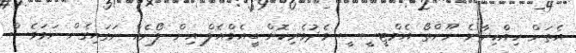
އެތަން ހިއްކިދާނެ ނޫންތޯ އެމްޓީސީސީ މެދުވެރިކޮށް ބީއެމްއެލް އިން ލޯނެއް ނަގައިގެން ނަމަވެސް.